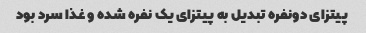
پیتزای دونفره تبدیل به پیتزای یک نفره شده و غذا سرد بود